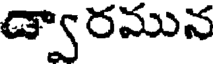
డ్వారమున